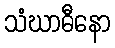
သံဃာဓီနော